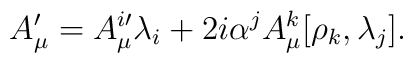
A_{\mu}^{\prime} = A^{i \prime}_{\mu} \lambda_i + 2 i \alpha^j A^k_{\mu}[\rho_k, \lambda_j].